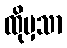
ထိုမှသာ